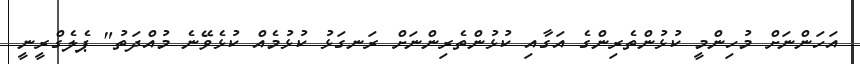
އަހަންނަށް މުހިންމީ ކުޅުންތެރިންގެ އަގާއި ކުޅުންތެރިންނަށް ރަނގަޅު ކުޅުމެއް ކުޅެވޭނެ މުއްދަތު" ޕެލެގްރީނީ